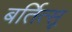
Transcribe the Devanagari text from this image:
बर्तित्सू